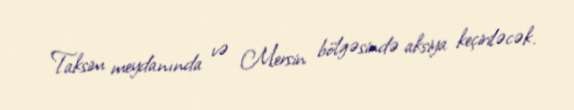
Taksim meydanında və Mersin bölgəsində aksiya keçiriləcək.